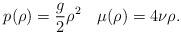
LaTeX: \begin{align*}p(\rho)=\frac{g}{2}\rho^2\quad\mu(\rho)=4\nu\rho.\end{align*}